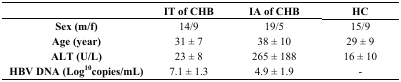
<table><thead><tr><td></td><td><b>IT of CHB</b></td><td><b>IA of CHB</b></td><td><b>HC</b></td></tr></thead><tbody><tr><td><b>Sex (m/f)</b></td><td>14/9</td><td>19/5</td><td>15/9</td></tr><tr><td><b>Age (year)</b></td><td>31 ± 7</td><td>38 ± 10</td><td>29 ± 9</td></tr><tr><td><b>ALT (U/L)</b></td><td>23 ± 8</td><td>265 ± 188</td><td>16 ± 10</td></tr><tr><td><b>HBV DNA (Log<sup>10</sup>copies/mL)</b></td><td>7.1 ± 1.3</td><td>4.9 ± 1.9</td><td>-</td></tr></tbody></table>